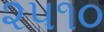
૨૫૧૦